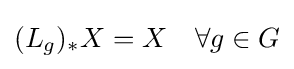
(L_{g})_{*}X=X\quad \forall g\in G